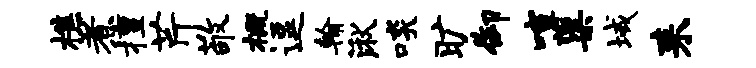
樵煮擅芹敬概逗翰湫啖旷御喧蕖域耒